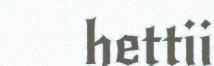
hettii